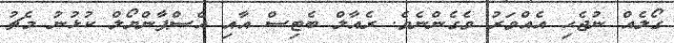
ގޯލެއް ނުޖެހި އެއްވަރު ވެގެންނެވެ. ރެއާލް ބެޓިސް އާއި އެސްޕާންޔޯލް ކުޅުނު މެޗު